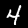
Digit: 4